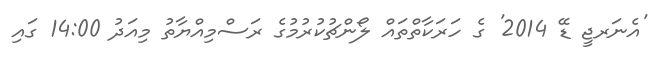
'އެނަރޖީ ޑޭ 2014' ގެ ހަރަކާތްތައް ލޯންޗުކުރުމުގެ ރަސްމިއްޔާތު މިއަދު 14:00 ގައި